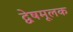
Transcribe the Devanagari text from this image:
द्वेषमूलक